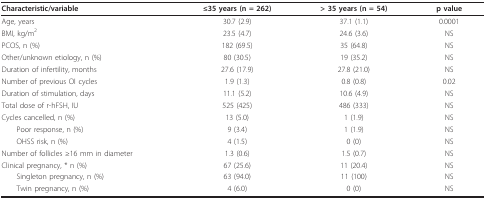
| Characteristic/variable | ≤35 years (n = 262) | > 35 years (n = 54) | p value |
 | --- | --- | --- | --- |
 | Age, years | 30.7 (2.9) | 37.1 (1.1) | 0.0001 |
 | BMI, kg/m2 | 23.5 (4.7) | 24.6 (3.6) | NS |
 | PCOS, n (%) | 182 (69.5) | 35 (64.8) | NS |
 | Other/unknown etiology, n (%) | 80 (30.5) | 19 (35.2) | NS |
 | Duration of infertility, months | 27.6 (17.9) | 27.8 (21.0) | NS |
 | Number of previous OI cycles | 1.9 (1.3) | 0.8 (0.8) | 0.02 |
 | Duration of stimulation, days | 11.1 (5.2) | 10.6 (4.9) | NS |
 | Total dose of r-hFSH, IU | 525 (425) | 486 (333) | NS |
 | Cycles cancelled, n (%) | 13 (5.0) | 1 (1.9) | NS |
 | Poor response, n (%) | 9 (3.4) | 1 (1.9) | NS |
 | OHSS risk, n (%) | 4 (1.5) | 0 (0) | NS |
 | Number of follicles ≥16 mm in diameter | 1.3 (0.6) | 1.5 (0.7) | NS |
 | Clinical pregnancy, * n (%) | 67 (25.6) | 11 (20.4) | NS |
 | Singleton pregnancy, n (%) | 63 (94.0) | 11 (100) | NS |
 | Twin pregnancy, n (%) | 4 (6.0) | 0 (0) | NS |